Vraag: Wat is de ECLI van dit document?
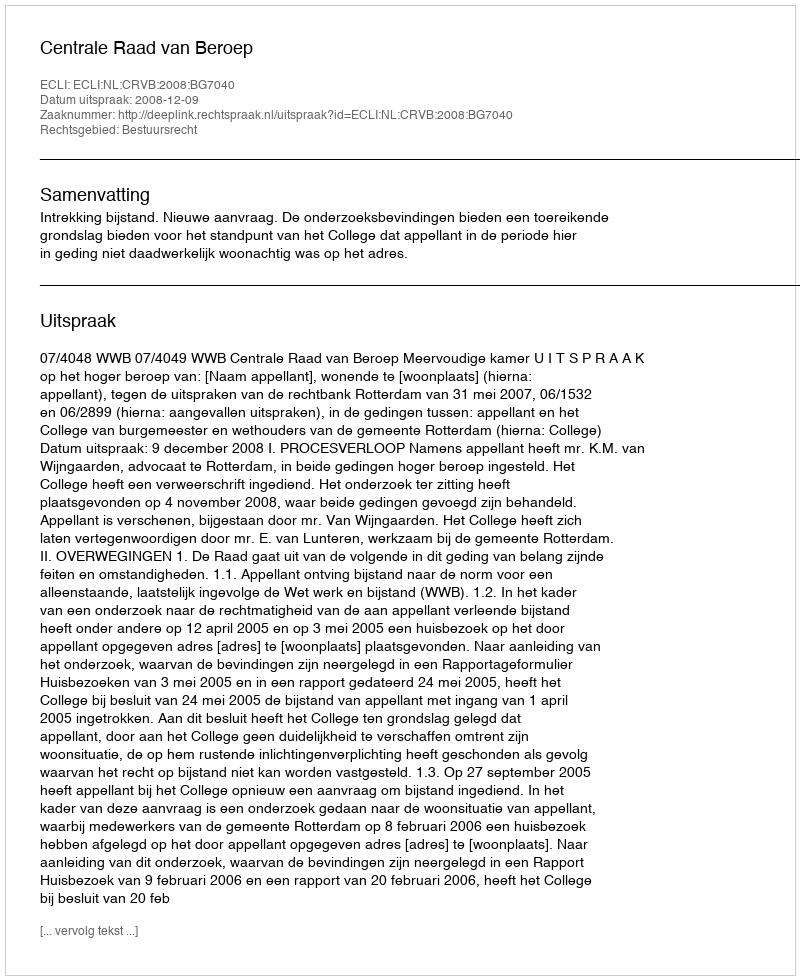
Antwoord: ECLI:NL:CRVB:2008:BG7040